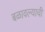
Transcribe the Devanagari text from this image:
बळावल्याची